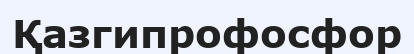
Қазгипрофосфор